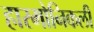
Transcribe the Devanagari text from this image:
हारमोनिकली